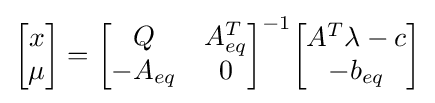
{\begin{bmatrix}x\\\mu \end{bmatrix}}={\begin{bmatrix}Q&A_{eq}^{T}\\-A_{eq}&0\end{bmatrix}}^{-1}{\begin{bmatrix}A^{T}\lambda -c\\-b_{eq}\end{bmatrix}}